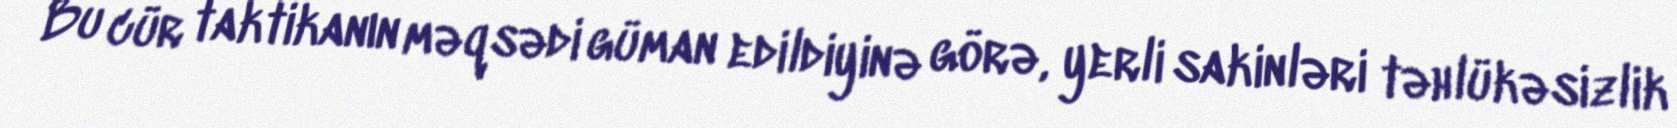
Bu cür taktikanın məqsədi güman edildiyinə görə, yerli sakinləri təhlükəsizlik